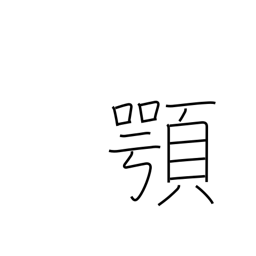
Meaning: jaw